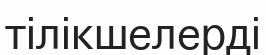
тілікшелерді